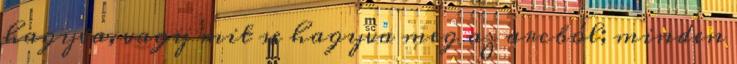
hagyva, vagy mit se hagyva meg az arcból; minden